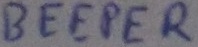
Text: BEEPER